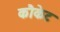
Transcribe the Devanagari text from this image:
कौकेट